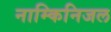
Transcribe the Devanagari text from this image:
नाम्किनिजल